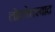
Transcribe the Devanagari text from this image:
लोकोत्तरवाद